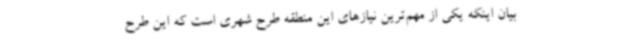
بیان اینکه یکی از مهم‌ترین نیازهای این منطقه طرح شهری است که این طرح